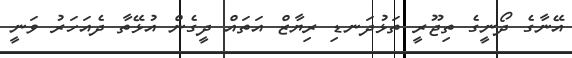
އޭނާގެ ދޯނީގެ ތިޖޫރީ ތަޅުދަނޑި ރިޔާޒް އަތައް ދީގެން އުޅޭތާ ދެއަހަރު ވަނީ